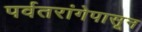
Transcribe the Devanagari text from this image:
पर्वतरांगेपासून